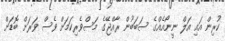
ކުރިން އައި އަލް ނީނޯއެއްގެ ސަބަބުން ރާއްޖޭގެ މަސްވެރިކަމަށް ވެސް ވަރަށް ބޮޑަށް